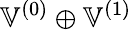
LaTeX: \mathbb{V}^{(0)}\oplus\mathbb{V}^{(1)}